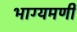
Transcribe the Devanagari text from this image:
भाग्यमणी